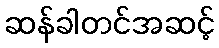
ဆန်ခါတင်အဆင့်